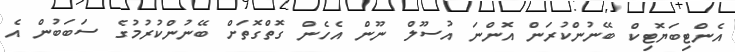
އެންޓިބަޔޮޓިކް ބޭނުންކުރަން އޮންނަ އުސޫލް ނޫން އެހެން ގޮތްގޮތަށް ބޭނުންކުރުމުގެ ސަބަބުން އެ